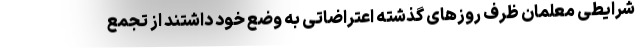
شرایطی معلمان ظرف روزهای گذشته اعتراضاتی به وضع خود داشتند از تجمع